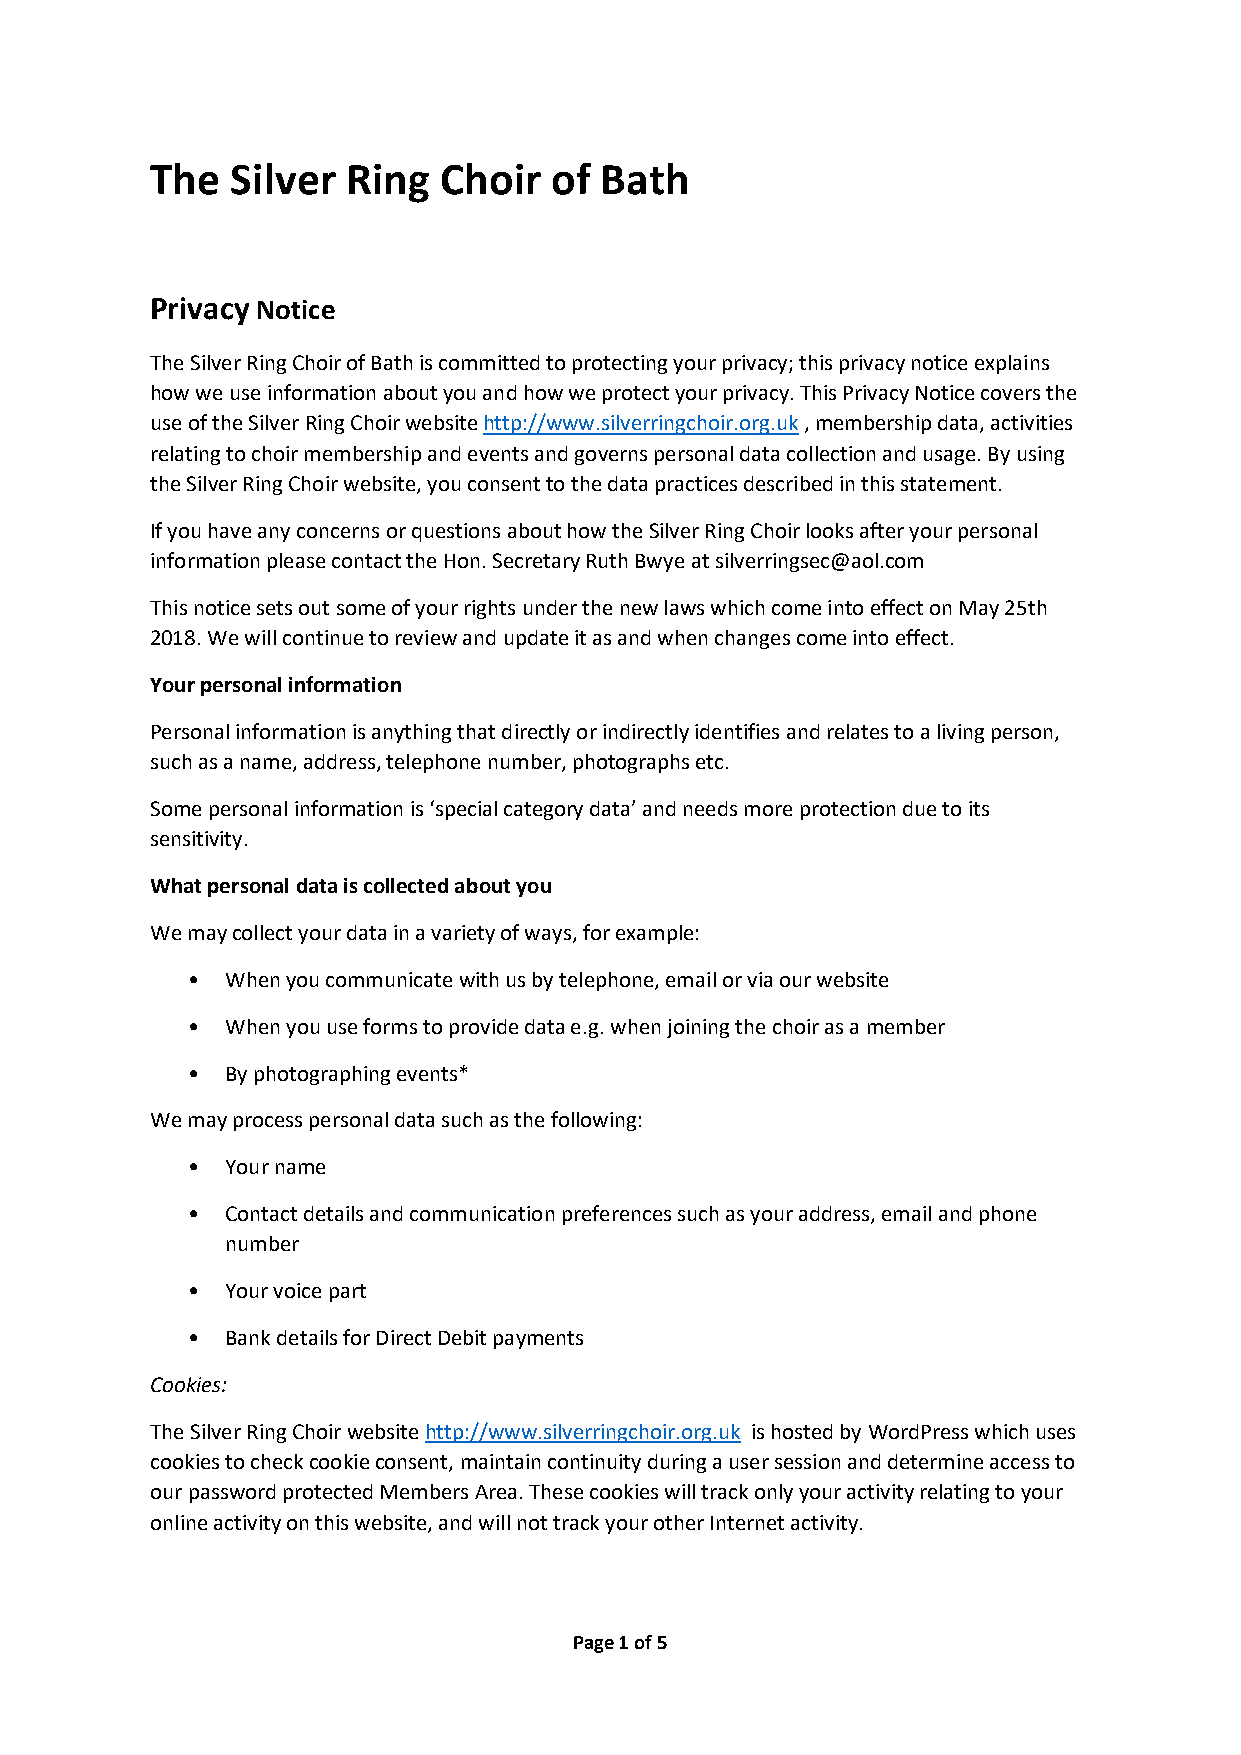
The  Silver  Ring  Choir  of  Bath
 Privacy Notice
 The Silver Ring Choir of Bath is committed to protecting your privacy; this privacy notice explains
 how we use information about you and how we protect your privacy. This Privacy Notice covers the
 use of the Silver Ring Choir website http://www.silverringchoir.org.uk , membership data, activities
 relating to choir membership and events and governs personal data collection and usage. By using
 the Silver Ring Choir website, you consent to the data practices described in this statement.
 If you have any concerns or questions about how the Silver Ring Choir looks after your personal
 information please contact the Hon. Secretary Ruth Bwye at silverringsec@aol.com
 This notice sets out some of your rights under the new laws which come into effect on May 25th
 2018. We will continue to review and update it as and when changes come into effect.
 Your personal information
 Personal information is anything that directly or indirectly identifies and relates to a living person,
 such as a name, address, telephone number, photographs etc.
 Some personal information is ‘special category data’ and needs more protection due to its
 sensitivity.
 What personal data is collected about you
 We may collect your data in a variety of ways, for example:
 •  When you communicate with us by telephone, email or via our website
 •  When you use forms to provide data e.g. when joining the choir as a member
 •  By photographing events*
 We may process personal data such as the following:
 •  Your name
 •  Contact details and communication preferences such as your address, email and phone
 number
 •  Your voice part
 •  Bank details for Direct Debit payments
 Cookies:
 The Silver Ring Choir website http://www.silverringchoir.org.uk is hosted by WordPress which uses
 cookies to check cookie consent, maintain continuity during a user session and determine access to
 our password protected Members Area. These cookies will track only your activity relating to your
 online activity on this website, and will not track your other Internet activity.
 Page 1 of 5